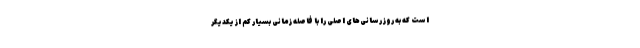
است که به روز رسانی‌های اصلی را با فاصله زمانی بسیار کم از یکدیگر